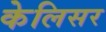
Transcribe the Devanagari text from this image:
केलिसर